Indian journal of veterinary science and animal husbandry - Volumes 24-25, 1954-1955
Year: 1954
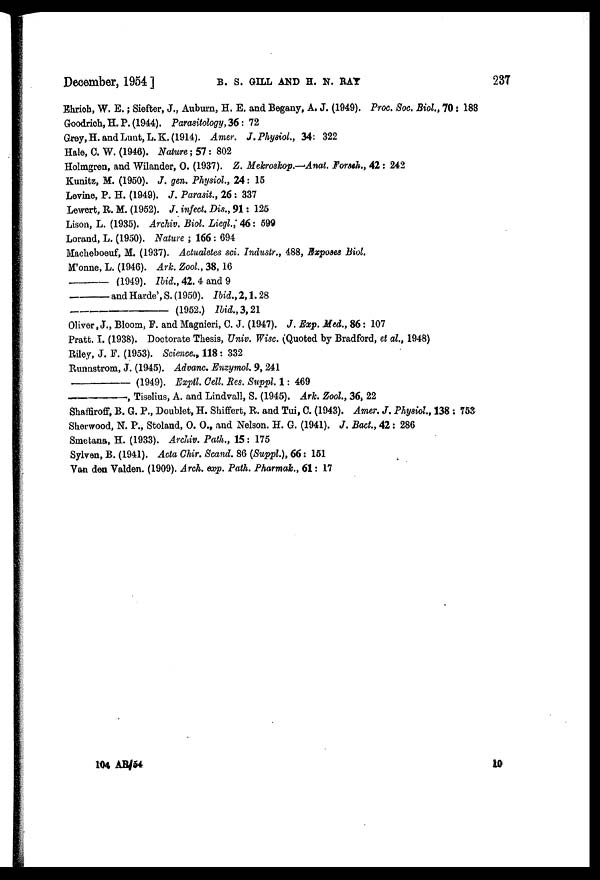
December, 1954 ]
B.
S.
GILL
AND
H.
N.
RAY
237
Ehrich, W. E. ; Siefter, J., Auburn, H. E. and Begany, A. J. (1949). Proc. Soc. Biol., 70 : 183
Goodrich, H. P. (1944). Parasitology, 36 : 72
Grey, H. and Lunt, L. K. (1914). Amer. J. Physiol., 34: 322
Hale, C. W. (1946). Nature ; 57 : 802
Holmgren, and Wilander, O. (1937). Z. Mekroskop.—Anat. Forsch., 42 : 242
Kunitz, M. (1950). J. gen. Physiol., 24 : 15
Levine, P. H. (1949). J. Parasit., 26 : 337
Lewert, R. M. (1952). J. infect. Dis., 91 : 125
Lison, L. (1935). Archiv. Biol. Liegl., 46 : 599
Lorand, L. (1950). Nature ; 166 : 694
Macheboeuf, M. (1937). Actualetes sci. Industr., 488, Exposes Biol.
M'onne, L. (1946). Ark. Zool., 38, 16
—
(1949). Ibid., 42. 4 and 9
—
and Harde', S. (1950). Ibid., 2, 1. 28
—
(1952.) Ibid., 3, 21
Oliver, J., Bloom, F. and Magnieri, C. J. (1947). J. Exp. Med., 86 : 107
Pratt. I. (1938). Doctorate Thesis, Univ. Wisc. (Quoted by Bradford, et al., 1948)
Riley, J. F. (1953). Science., 118 : 332
Runnstrom, J. (1945). Advanc. Enzymol. 9, 241
—
(1949). Exptl. Cell. Res. Suppl. 1 : 469
—,
Tiselius, A. and Lindvall, S. (1945). Ark. Zool., 36, 22
Shaffiroff, B. G. P., Doublet, H. Shiffert, R. and Tui, C. (1943). Amer. J. Physiol., 138 : 753
Sherwood, N. P., Stoland, O. O., and Nelson. H. G. (1941). J. Bact., 42 : 286
Smetana, H. (1933). Archiv. Path., 15 : 175
Sylven, B. (1941). Acta Chir. Scand. 86 (Suppl.), 66 : 151
Van den Valden. (1909). Arch. exp. Path. Pharmak., 61 : 17
104
AR/54
10